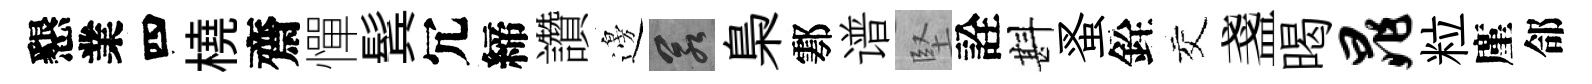
懇業四橈齋憚鬂冗締讚邊若梟鄠谱堅詮斟蚤銓交盞暍晁粒廑郃